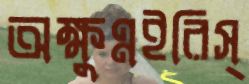
অক্ষুণ্নইরিস্